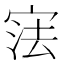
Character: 𭓼